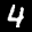
Label: 4